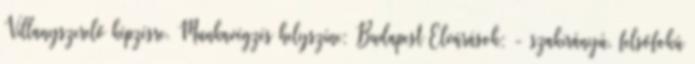
Villanyszerelő képzésre. Munkavégzés helyszíne: Budapest Elvárások: - szakirányú, felsőfokú